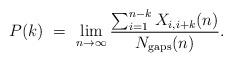
LaTeX: \begin{align*}P(k)\ =\ \lim_{n \to \infty} \frac{ \sum_{i=1}^{n-k} X_{i, i+k}(n)}{N_{{\rm gaps}} (n)}.\end{align*}